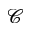
\mathcal { C }